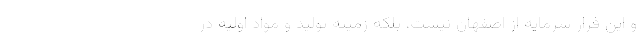
و این فرار سرمایه از اصفهان نیست، بلکه زمینه تولید و مواد اولیه در